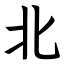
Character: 北